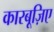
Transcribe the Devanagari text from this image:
कारबूज़िए